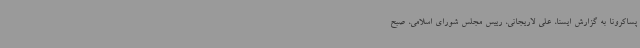
پساکرونا به گزارش ایسنا، علی لاریجانی، رییس مجلس شورای اسلامی، صبح